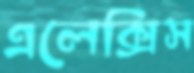
এলেক্সিস